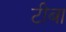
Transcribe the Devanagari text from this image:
टीबा